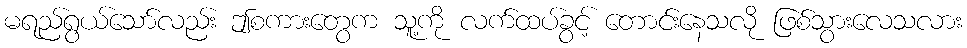
မရည်ရွယ်သော်လည်း ဤစကားတွေက သူ့ကို လက်ထပ်ခွင့် တောင်းနေသလို ဖြစ်သွားလေသလား